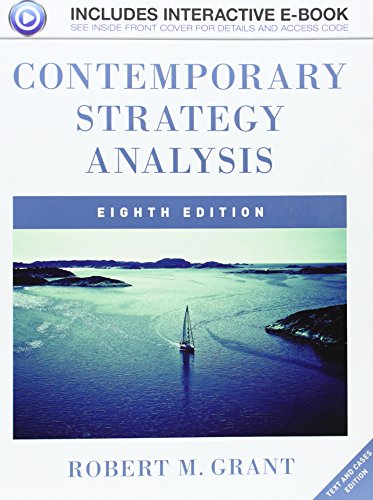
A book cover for Contemporary Strategy Analysis: Text and Cases; Robert M. Grant; Business & Money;